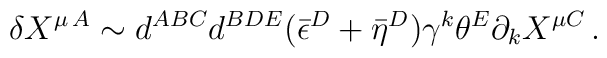
\delta X^{\mu\,A} \sim d^{ABC}d^{BDE} (\bar\epsilon^D + \bar\eta^D)        \gamma^k\theta^E\partial_k X^{\mu C}\,.